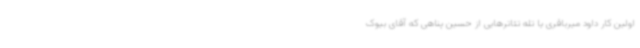
اولین کار داود میرباقری یا تله تئاترهایی از حسین پناهی که آقای بیوک